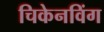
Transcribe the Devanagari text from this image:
चिकेनविंग